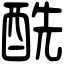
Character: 酰